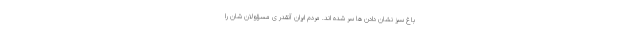
باغ سبز نشان دادن ها سِر شده اند. مردم ایران آنقدر ی مسؤولان شان را